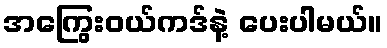
အကြွေးဝယ်ကဒ်နဲ့ ပေးပါမယ်။